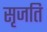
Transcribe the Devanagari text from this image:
सृजति